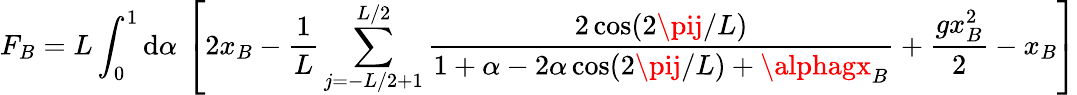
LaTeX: F_{B}=L\int_{0}^{1}\mathrm{d}\alpha\, \left[2x_{B}-\frac{{1}}{{L}}\sum_{j=-L/2+1}^{L/2}\frac{{2\cos(2\pij/L)}}{{1+\alpha-2\alpha\cos(2\pij/L)+\alphagx_{B}}}+\frac{{gx_{B}^{2}}}{{2}}-x_{B}\right]